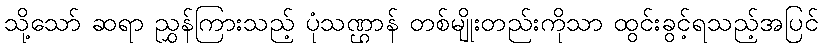
သို့သော် ဆရာ ညွှန်ကြားသည့် ပုံသဏ္ဌာန် တစ်မျိုးတည်းကိုသာ ထွင်းခွင့်ရသည့်အပြင်